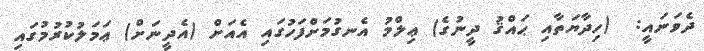
ދެވަނައީ:  (ހިދާޔަތާއި ޙައްޤު ދީނުގެ) ޢިލްމު އެނގުމަށްފަހުގައި އެއަށް (އެދީނަށް) ޢަމަލުކުރުމުގައި